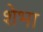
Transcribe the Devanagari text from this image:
शेभा